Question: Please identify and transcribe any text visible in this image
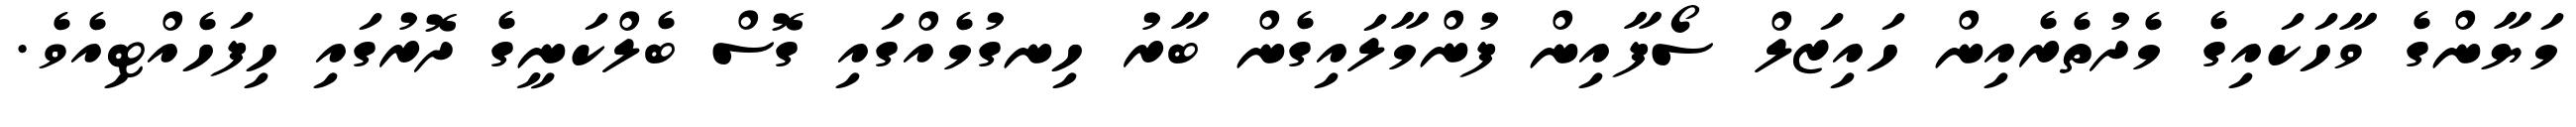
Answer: މަޔާންގެ ވާހަކައިގެ މެދުތެރެއިން ހައިޒަލް ސޯފާއިން ފުންމާލައިގެން ބާރު ހިނގުމެއްގައި ގޮސް ބެލްކަނީގެ ދޮރުގައި ހިފަހެއްޓިއެވެ.